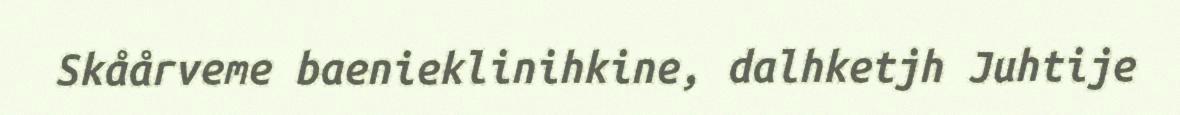
Skåårveme baenieklinihkine, dalhketjh Juhtije